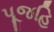
પૂજહિ